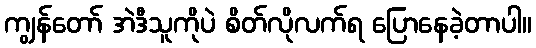
ကျွန်တော် အဲဒီသူကိုပဲ စိတ်လိုလက်ရ ပြောနေခဲ့တာပါ။